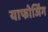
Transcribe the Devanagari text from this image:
याफोर्जिंग